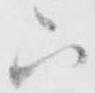
六